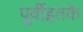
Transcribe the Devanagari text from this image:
पूर्वीइतके